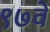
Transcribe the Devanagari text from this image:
९७वे